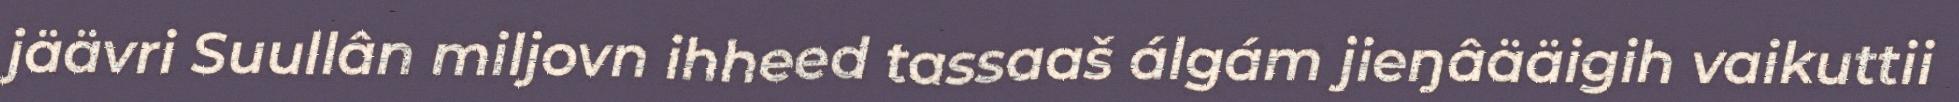
jäävri Suullân miljovn ihheed tassaaš álgám jieŋâääigih vaikuttii